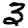
Digit: 3